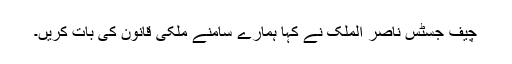
چیف جسٹس ناصر الملک نے کہا ہمارے سامنے ملکی قانون کی بات کریں۔